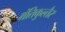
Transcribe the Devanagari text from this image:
मंतिकुल्तैर